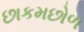
છાકમછોળ